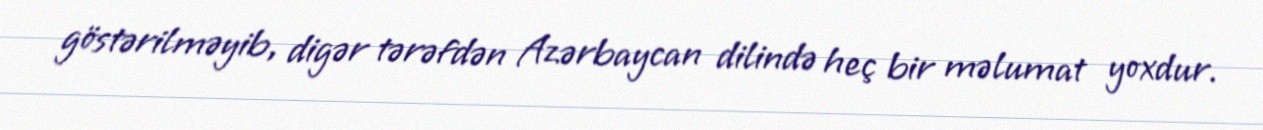
göstərilməyib, digər tərəfdən Azərbaycan dilində heç bir məlumat yoxdur.